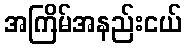
အကြိမ်အနည်းငယ်